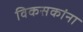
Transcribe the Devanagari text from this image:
विकसकांना